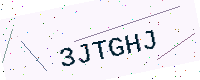
Text: 3JTGHJ